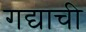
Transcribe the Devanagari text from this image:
गद्याची